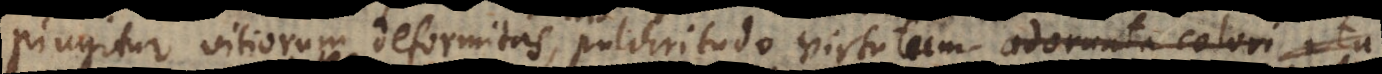
pingitur vitiorum deformitas, pulchritudo virtutum adornata colori